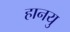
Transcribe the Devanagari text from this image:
हानयु